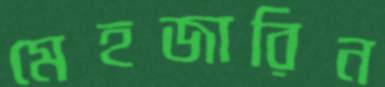
মেহজারিন